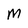
Character: M